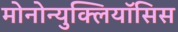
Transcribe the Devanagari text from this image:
मोनोन्युक्लियॉसिस